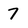
Character: 7